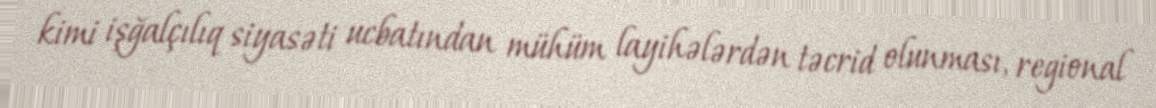
kimi işğalçılıq siyasəti ucbatından mühüm layihələrdən təcrid olunması, regional